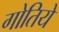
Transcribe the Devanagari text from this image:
गोतिये